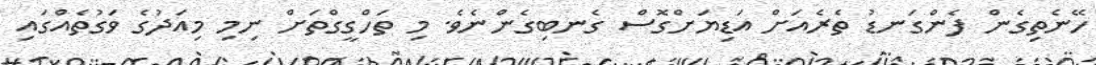
ހޭނެތިގެން ފެންގަނޑު ތެރެއަށް އަޑިޔަށްގޮސް ގެނބިގެންނެވެ. މި ތަހްގީގްތަށް ނިމި މިއަދުގެ ވަގުތެއްގައި